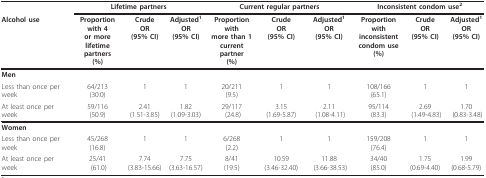
<table><thead><tr><td></td><td colspan="3"><b>Lifetime partners</b></td><td colspan="3"><b>Current regular partners</b></td><td colspan="3"><b>Inconsistent condom use<sup>2</sup></b></td></tr><tr><td><b>Alcohol use</b></td><td><b>Proportion with 4or more lifetimepartners (%)</b></td><td><b>Crude OR(95% CI)</b></td><td><b>Adjusted<sup>1 </sup>OR(95% CI)</b></td><td><b>Proportion withmore than 1 current partner(%)</b></td><td><b>Crude OR(95% CI)</b></td><td><b>Adjusted<sup>1 </sup>OR(95% CI)</b></td><td><b>Proportion withinconsistent condom use(%)</b></td><td><b>CrudeOR(95% CI)</b></td><td><b>Adjusted<sup>1 </sup>OR(95% CI)</b></td></tr></thead><tbody><tr><td><b>Men</b></td><td></td><td></td><td></td><td></td><td></td><td></td><td></td><td></td><td></td></tr><tr><td>Less than once per week</td><td>64/213(30.0)</td><td>1</td><td>1</td><td>20/211(9.5)</td><td>1</td><td>1</td><td>108/166(65.1)</td><td>1</td><td>1</td></tr><tr><td>At least once per week</td><td>59/116(50.9)</td><td>2.41(1.51-3.85)</td><td>1.82 (1.09-3.03)</td><td>29/117 (24.8)</td><td>3.15 (1.69-5.87)</td><td>2.11 (1.08-4.11)</td><td>95/114 (83.3)</td><td>2.69 (1.49-4.83)</td><td>1.70 (0.83-3.48)</td></tr><tr><td><b>Women</b></td><td></td><td></td><td></td><td></td><td></td><td></td><td></td><td></td><td></td></tr><tr><td>Less than once per week</td><td>45/268 (16.8)</td><td>1</td><td>1</td><td>6/268 (2.2)</td><td>1</td><td>1</td><td>159/208 (76.4)</td><td>1</td><td>1</td></tr><tr><td>At least once per week</td><td>25/41 (61.0)</td><td>7.74 (3.83-15.66)</td><td>7.75 (3.63-16.57)</td><td>8/41 (19.5)</td><td>10.59 (3.46-32.40)</td><td>11.88 (3.66-38.53)</td><td>34/40 (85.0)</td><td>1.75 (0.69-4.40)</td><td>1.99 (0.68-5.79)</td></tr></tbody></table>